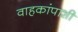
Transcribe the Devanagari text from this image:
वाहकांपाशी